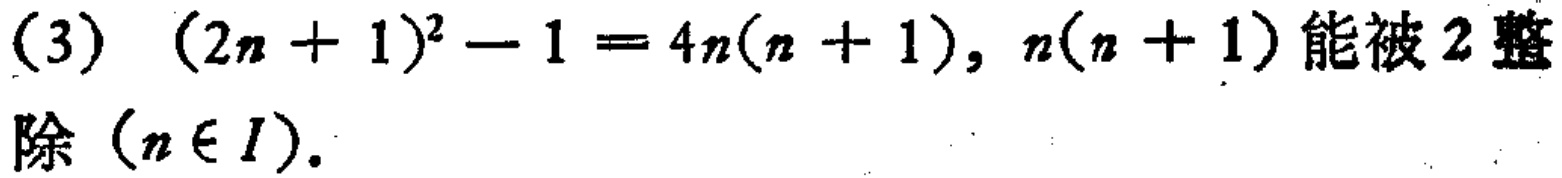
(3) \((2n + 1)^2 - 1 = 4n(n + 1)\), \(n(n + 1)\)能被\(2\)整除（\(n\in I\)）.